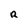
Character: R